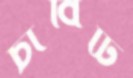
চাবিটি